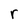
Character: r